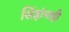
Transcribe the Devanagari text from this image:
सिंहांनाही